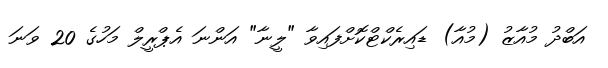
އަބްދު މުއާޒު (މުއާ) ޑައިރެކްޓްކޮށްފައިވާ "ލީނާ" އަންނަ އެޕްރީލް މަހުގެ 20 ވަނަ